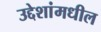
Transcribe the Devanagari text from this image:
उद्देशांमधील